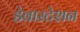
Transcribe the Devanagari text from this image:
डेवास्टेशन